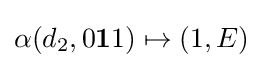
\alpha (d_{2},0\mathbf {1} 1)\mapsto (1,E)